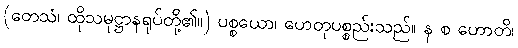
(တေသံ၊ ထိုသမုဋ္ဌာနရုပ်တို့၏။) ပစ္စယော၊ ဟေတုပစ္စည်းသည်။ န စ ဟောတိ၊